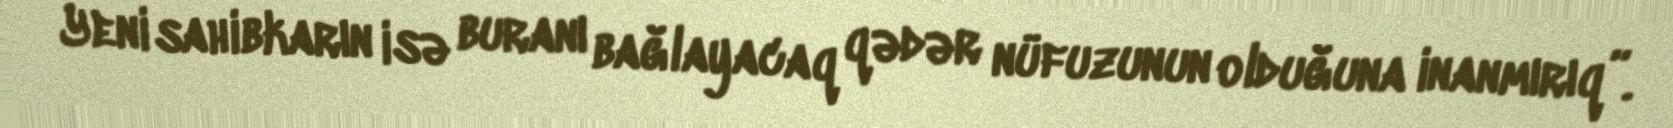
Yeni sahibkarın isə buranı bağlayacaq qədər nüfuzunun olduğuna inanmırıq”.